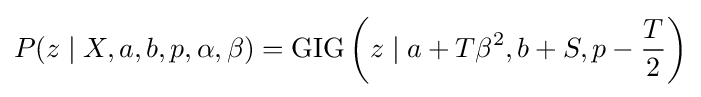
P(z\mid X,a,b,p,\alpha ,\beta )={\text{GIG}}\left(z\mid a+T\beta ^{2},b+S,p-{\frac {T}{2}}\right)